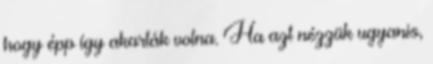
hogy épp így akarták volna. Ha azt nézzük ugyanis,